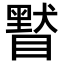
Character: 𥊷